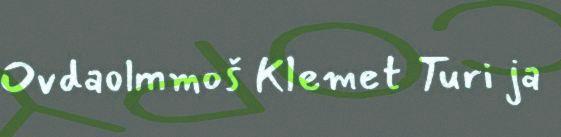
Ovdaolmmoš Klemet Turi ja